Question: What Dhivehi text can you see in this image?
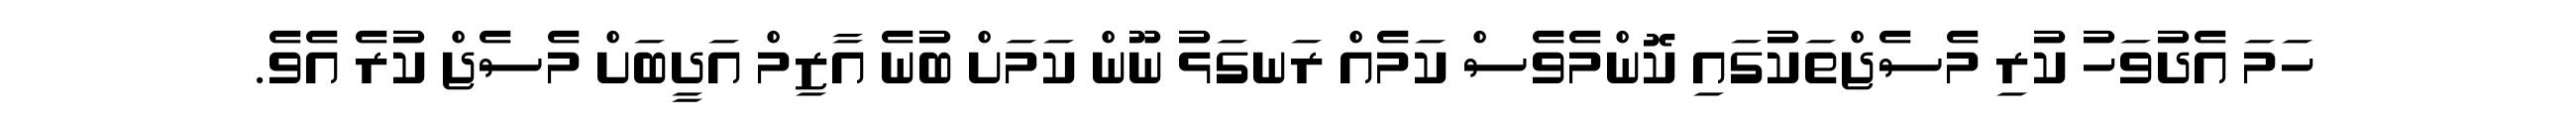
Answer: ހަމަ އެދުވަހު ކުރި މެސެޖްތަކުގައި ކޮންމެވެސް ކަމެއް ރަނގަޅު ނޫން ކަމަށް ބުނެ އާޒިމް އަދީބަށް މެސެޖް ކުރެ އެވެ.